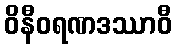
ဝိနီဝရဏဒဿာဝီ